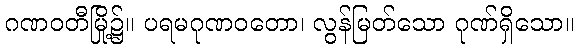
ဂဏဝတီမြို့၌။ ပရမဂုဏဝတော၊ လွန်မြတ်သော ဂုဏ်ရှိသော။